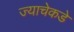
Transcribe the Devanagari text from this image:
ज्याचेकडे